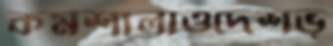
কর্মশালাওদেশভ্